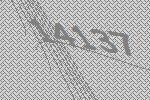
14137